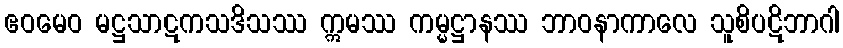
ဧဝမေဝ မဋ္ဌသာဋကသဒိသဿ ဣမဿ ကမ္မဋ္ဌာနဿ ဘာဝနာကာလေ သူစိပဋိဘာဂါ